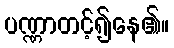
ပဏ္ဏာတင့်၍နေ၏။